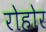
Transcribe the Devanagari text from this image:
रोहोर